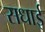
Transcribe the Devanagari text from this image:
सधाई